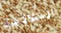
الملائمة